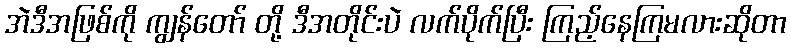
အဲဒီအဖြစ်ကို ကျွန်တော် တို့ ဒီအတိုင်းပဲ လက်ပိုက်ပြီး ကြည့်နေကြမလားဆိုတာ